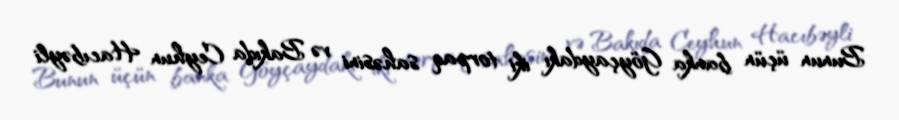
Bunun üçün banka Göyçaydakı iki torpaq sahəsini və Bakıda Ceyhun Hacıbəyli